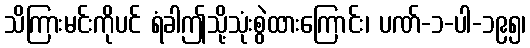
သိကြားမင်းကိုပင် ရံခါဤသို့သုံးစွဲထားကြောင်း၊ ပဏ်-၁-ပါ-၁၉၅၊